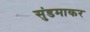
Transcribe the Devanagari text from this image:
सुंडमाकर